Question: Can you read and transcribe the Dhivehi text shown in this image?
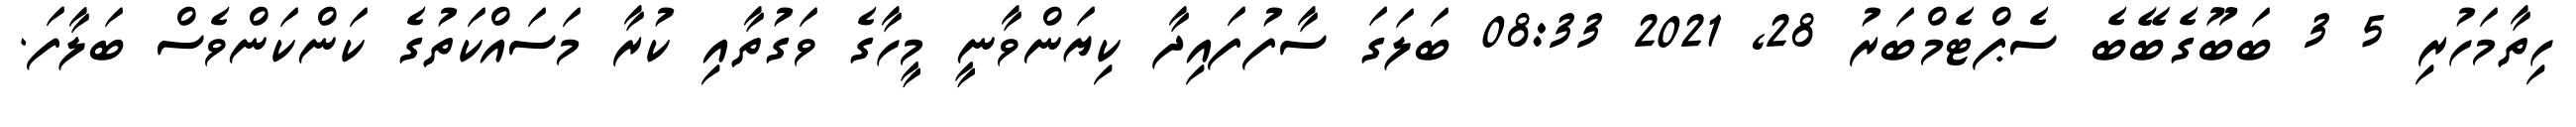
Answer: ހިތާމަހުރި 5 3 ބަބޫގެބޭބެ ސެޕްޓެމްބަރު 28, 2021 08:33 ބަލަގަ ސާފުފައިދާ ކިޔަންވާނީ މީހާގެ ވަގުތާއި ކުރާ މަސައްކަތުގެ ކަންކަންވެސް ބަލާފަ.